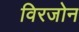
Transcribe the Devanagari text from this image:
विरजोन